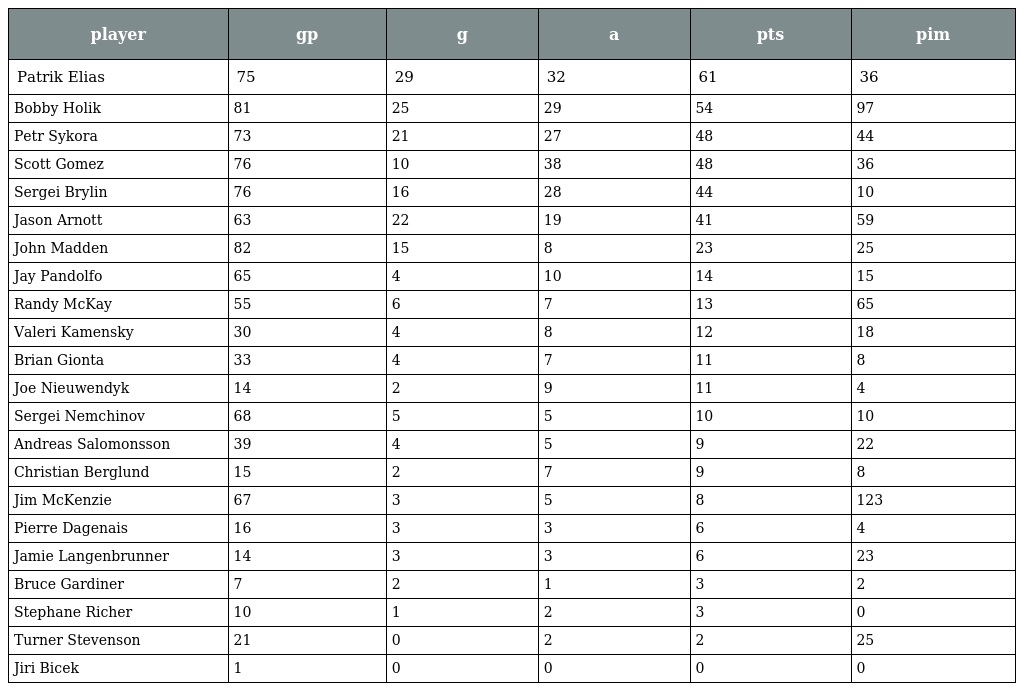
| player | gp | g | a | pts | pim |
 | --- | --- | --- | --- | --- | --- |
 | Patrik Elias | 75 | 29 | 32 | 61 | 36 |
 | Bobby Holik | 81 | 25 | 29 | 54 | 97 |
 | Petr Sykora | 73 | 21 | 27 | 48 | 44 |
 | Scott Gomez | 76 | 10 | 38 | 48 | 36 |
 | Sergei Brylin | 76 | 16 | 28 | 44 | 10 |
 | Jason Arnott | 63 | 22 | 19 | 41 | 59 |
 | John Madden | 82 | 15 | 8 | 23 | 25 |
 | Jay Pandolfo | 65 | 4 | 10 | 14 | 15 |
 | Randy McKay | 55 | 6 | 7 | 13 | 65 |
 | Valeri Kamensky | 30 | 4 | 8 | 12 | 18 |
 | Brian Gionta | 33 | 4 | 7 | 11 | 8 |
 | Joe Nieuwendyk | 14 | 2 | 9 | 11 | 4 |
 | Sergei Nemchinov | 68 | 5 | 5 | 10 | 10 |
 | Andreas Salomonsson | 39 | 4 | 5 | 9 | 22 |
 | Christian Berglund | 15 | 2 | 7 | 9 | 8 |
 | Jim McKenzie | 67 | 3 | 5 | 8 | 123 |
 | Pierre Dagenais | 16 | 3 | 3 | 6 | 4 |
 | Jamie Langenbrunner | 14 | 3 | 3 | 6 | 23 |
 | Bruce Gardiner | 7 | 2 | 1 | 3 | 2 |
 | Stephane Richer | 10 | 1 | 2 | 3 | 0 |
 | Turner Stevenson | 21 | 0 | 2 | 2 | 25 |
 | Jiri Bicek | 1 | 0 | 0 | 0 | 0 |